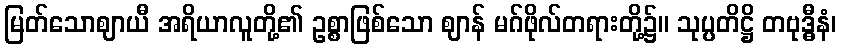
မြတ်သောဈာယီ အရိယာလူတို့၏ ဥစ္စာဖြစ်သော ဈာန် မဂ်ဖိုလ်တရားတို့၌။ သုပ္ပတိဋ္ဌိ တဗုဒ္ဓီနံ၊